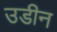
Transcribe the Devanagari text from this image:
उडीन